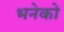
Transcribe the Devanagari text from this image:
भनेको